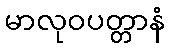
မာလုဝပတ္တာနံ